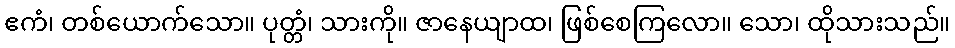
ဧကံ၊ တစ်ယောက်သော။ ပုတ္တံ၊ သားကို။ ဇာနေယျာထ၊ ဖြစ်စေကြလော။ သော၊ ထိုသားသည်။